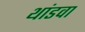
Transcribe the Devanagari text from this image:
थांडवा